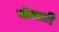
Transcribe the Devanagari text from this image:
बोथाटी